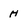
Character: H